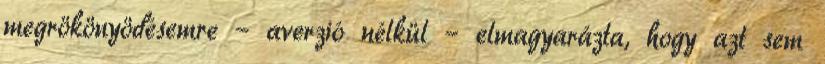
megrökönyödésemre – averzió nélkül – elmagyarázta, hogy azt sem